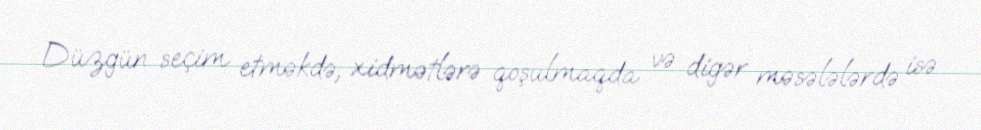
Düzgün seçim etməkdə, xidmətlərə qoşulmaqda və digər məsələlərdə isə